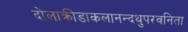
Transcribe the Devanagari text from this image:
दोलाक्रीडाकलानन्दथुपरवनिता